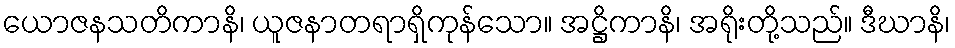
ယောဇနသတိကာနိ၊ ယူဇနာတရာရှိကုန်သော။ အဋ္ဌိကာနိ၊ အရိုးတို့သည်။ ဒီဃာနိ၊